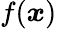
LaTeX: f(\boldsymbol x)